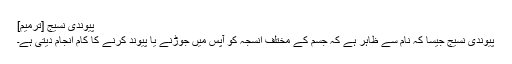
پیوندی نسیج [ترمیم]
پیوندی نسیج جیسا کہ نام سے ظاہر ہے کہ جسم کے مختلف انسجہ کو آپس میں جوڑنے یا پیوند کرنے کا کام انجام دیتی ہے۔